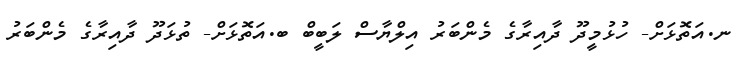
ނ.އަތޮޅަށް- ހުޅުމީދޫ ދާއިރާގެ މެންބަރު އިލްޔާސް ލަބީބް ބ.އަތޮޅަށް- ތުޅަދޫ ދާއިރާގެ މެންބަރު